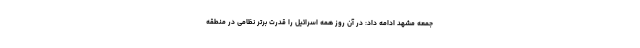
جمعه مشهد ادامه داد: در آن روز همه اسرائیل را قدرت برتر نظامی در منطقه